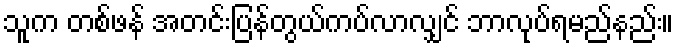
သူက တစ်ဖန် အတင်းပြန်တွယ်ကပ်လာလျှင် ဘာလုပ်ရမည်နည်း။